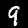
Digit: 9